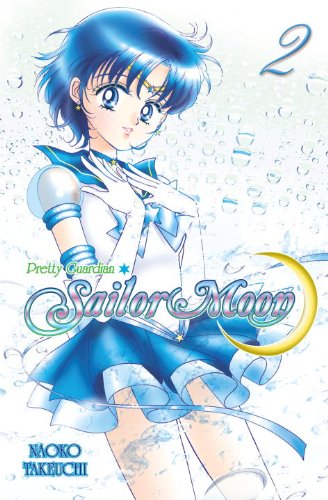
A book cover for Sailor Moon 2; Naoko Takeuchi; Comics & Graphic Novels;